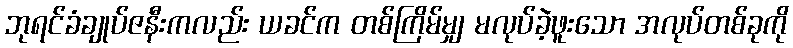
ဘုရင်ခံချုပ်ဇနီးကလည်း ယခင်က တစ်ကြိမ်မျှ မလုပ်ခဲ့ဖူးသော အလုပ်တစ်ခုကို